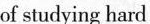
of studying hard